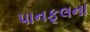
પાનફૂલના